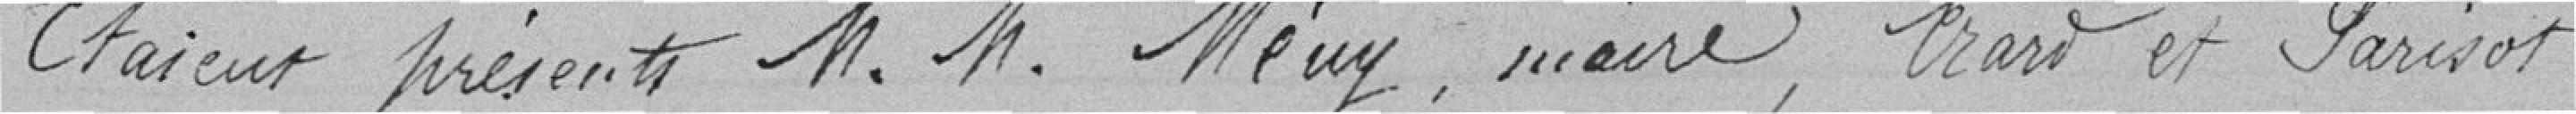
Etaient présents M.M. Mény, maire, Erard et Parisot